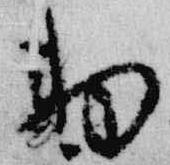
勅